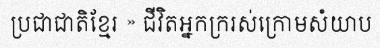
ប្រជាជាតិខ្មែរ » ជីវិតអ្នកក្ររស់ក្រោមសំយាប